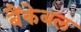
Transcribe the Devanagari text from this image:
बैंकेबल